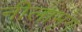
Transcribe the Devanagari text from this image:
नीलाभृंग